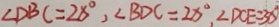
\angle D B C = 2 8 ^ { \circ } , \angle B D C = 2 8 ^ { \circ } , \angle D C E = 3 0